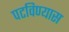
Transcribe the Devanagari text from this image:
पटविण्यास